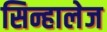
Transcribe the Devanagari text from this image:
सिन्हालेज